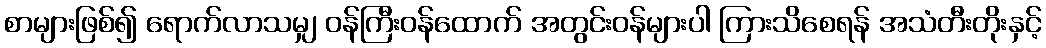
စာများဖြစ်၍ ရောက်လာသမျှ ဝန်ကြီးဝန်ထောက် အတွင်းဝန်များပါ ကြားသိစေရန် အသံတီးတိုးနှင့်